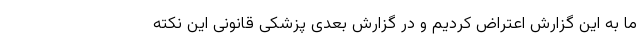
ما به این گزارش اعتراض کردیم و در گزارش بعدی پزشکی قانونی این نکته